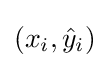
(x_{i},{\hat {y}}_{i})